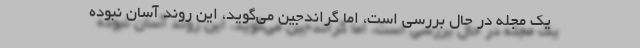
یک مجله در حال بررسی است، اما گراندجین می‌گوید، این روند آسان نبوده